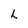
Character: h